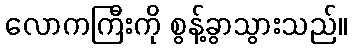
လောကကြီးကို စွန့်ခွာသွားသည်။